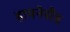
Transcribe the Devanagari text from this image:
हायनेसैंड